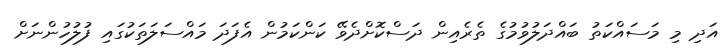
އަދި މި މަސައްކަތު ބައްދަލުވުމުގެ ތެރެއިން ދަސްކޮށްދެވޭ ކަންކަމުން އެފަދަ މައްސަލަތަކުގައި ފުލުހުންނަށް